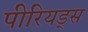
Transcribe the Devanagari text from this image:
पीरियड्स